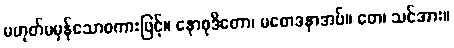
မဟုတ်မမှန်သောစကားဖြင့်။ နောစုဒိတော၊ မစောဒနာအပ်။ တေ၊ သင်အား။